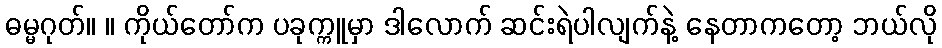
ဓမ္မဂုတ်။ ။ ကိုယ်တော်က ပခုက္ကူမှာ ဒါလောက် ဆင်းရဲပါလျက်နဲ့ နေတာကတော့ ဘယ်လို